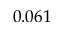
0 . 0 6 1